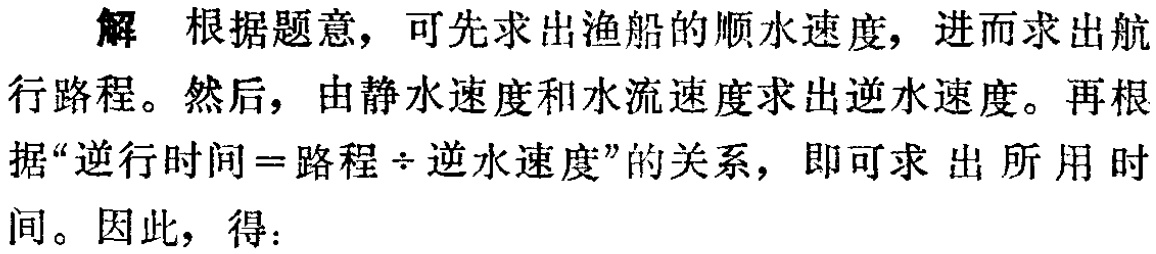
解 根据题意，可先求出渔船的顺水速度，进而求出航行路程。然后，由静水速度和水流速度求出逆水速度。再根据“逆行时间 = 路程÷逆水速度”的关系，即可求出所用时间。因此，得：